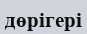
дөрігері